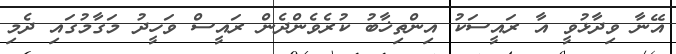
އޭނާ ވިދާޅުވީ އާ ރައީސަކު އިންތިޚާބު ކުރެވެންދެން ރައީސް ވަހީދު މަގާމުގައި ދެމި